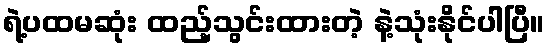
ရဲ့ပထမဆုံး ထည့်သွင်းထားတဲ့ နဲ့သုံးနိုင်ပါပြီ။